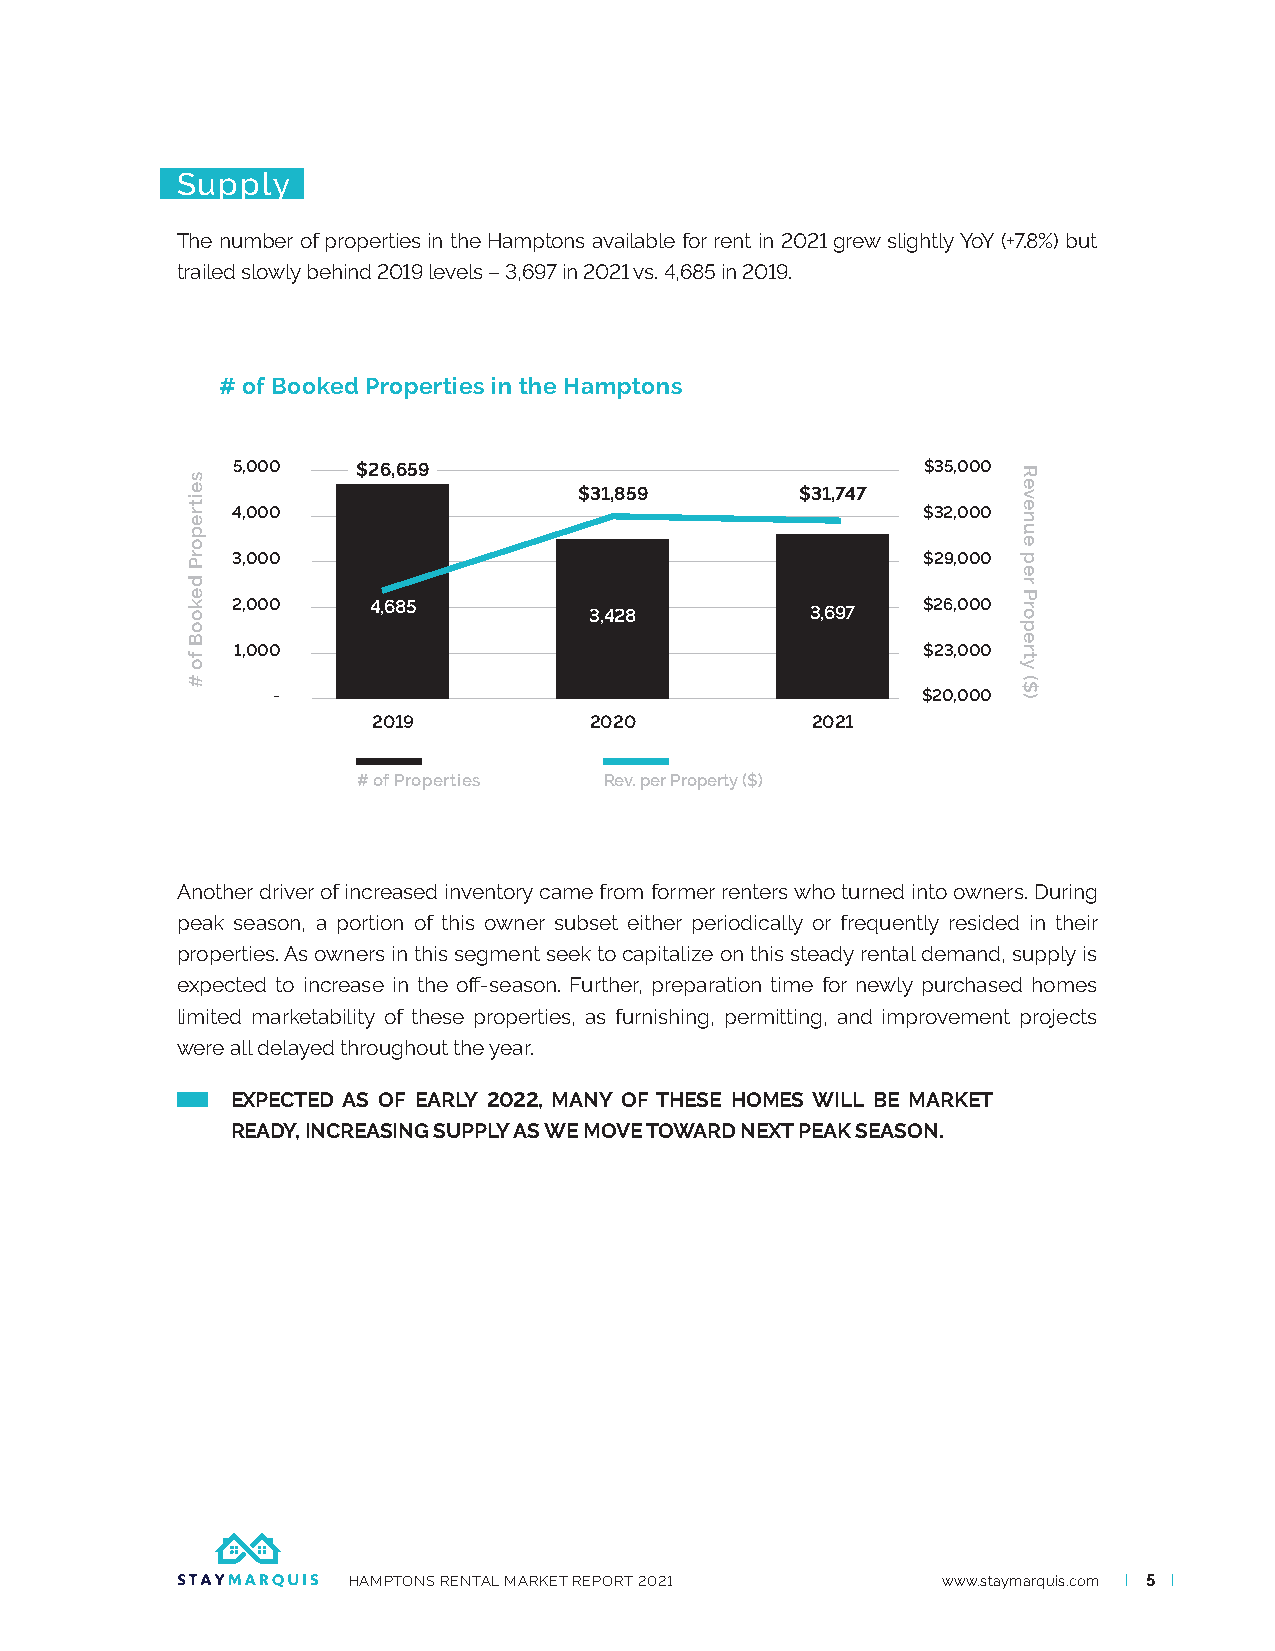
Supply
 The number of properties in the Hamptons available for rent in 2021 grew slightly YoY (+7.8%) but
 trailed slowly behind 2019 levels – 3,697 in 2021 vs. 4,685 in 2019.
 # of Booked Properties in the Hamptons
 5,000    $26,659                              $35,000
 $31,859        $31,747
 4,000                                         $32,000
 3,000                                         $29,000
 2,000    4,685                                $26,000
 3,428          3,697
 1,000                                        $23,000
 -                                          $20,000
 2019          2020           2021
 # of Properties Rev. per Property ($)
 Another driver of increased inventory came from former renters who turned into owners. During
 peak season, a portion of this owner subset either periodically or frequently resided in their
 properties. As owners in this segment seek to capitalize on this steady rental demand, supply is
 expected to increase in the off-season. Further, preparation time for newly purchased homes
 limited marketability of these properties, as furnishing, permitting, and improvement projects
 were all delayed throughout the year.
 EXPECTED AS OF EARLY 2022, MANY OF THESE HOMES WILL BE MARKET
 READY, INCREASING SUPPLY AS WE MOVE TOWARD NEXT PEAK SEASON.
 HAMPTONS RENTAL MARKET REPORT 2021     www.staymarquis.com I 5 I
 seitreporP
 dekooB
 fo
 #
 Revenue
 per
 Property
 ($)